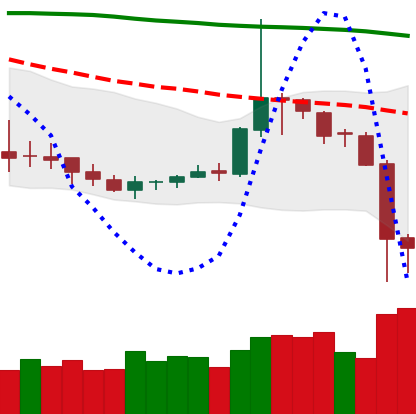
Ticker: DOGE-USD
Chart end date: 2019-09-25
Forward return: 8.648%
Label: up_7plus